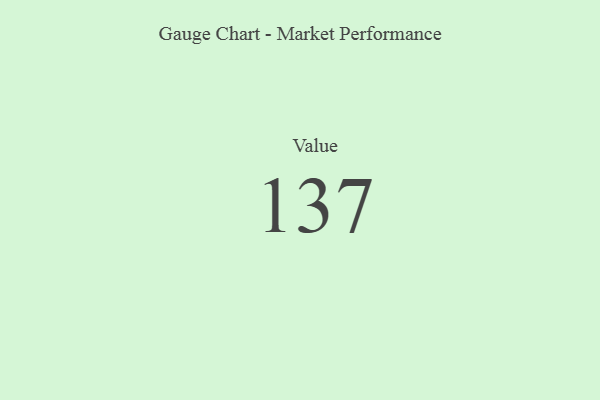
{"axis": {"x": "Metric", "y": "Value"}, "legend": [""], "data": [{"x": "Value", "y": 137, "type": ""}]}